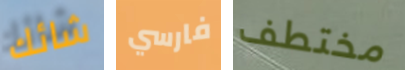
شائك فارسي مختطف